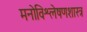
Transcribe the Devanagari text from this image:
मनोविश्लेषणशास्त्र